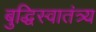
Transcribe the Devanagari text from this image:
बुद्धिस्वातंत्र्य